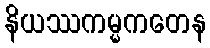
နိယဿကမ္မကတေန